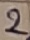
Text: 2